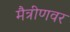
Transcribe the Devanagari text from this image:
मैत्रीणवर